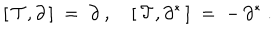
[ \, { \mathcal T } , \partial \, ] \; = \; \partial \ , \quad [ \, { \mathcal T } , \partial ^ { * } \, ] \; = \; - \, \partial ^ { * } \ .